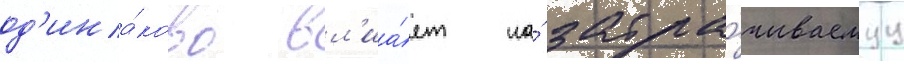
од'ина́ково вл'иа́ет на́ затра́чиваемуу